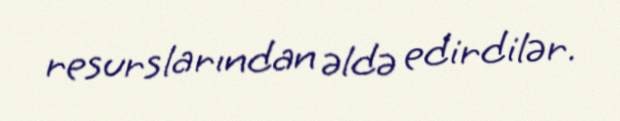
resurslarından əldə edirdilər.